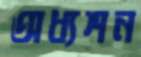
অধ্যশন